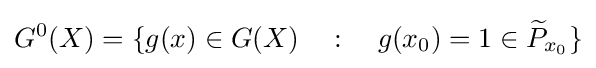
G^{0}(X)=\{g(x)\in G(X)\quad :\quad g(x_{0})=1\in {\widetilde {P}}_{x_{0}}\}